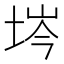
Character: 埁